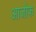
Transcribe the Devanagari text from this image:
आजोफ